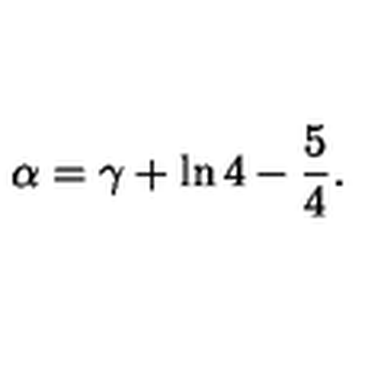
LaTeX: \alpha = \gamma + \ln 4 - \frac { 5 } { 4 } { . }